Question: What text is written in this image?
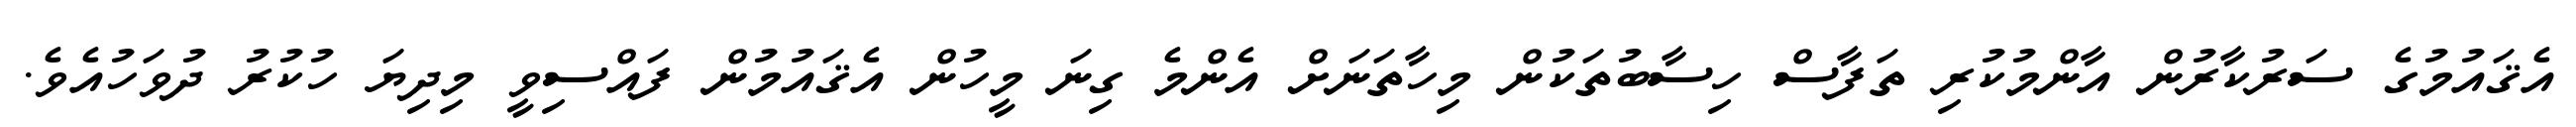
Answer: އެޤައުމުގެ ސަރުކާރުން އާންމުކުރި ތަފާސް ހިސާބުތަކުން މިހާތަނަށް އެންމެ ގިނަ މީހުން އެޤައުމުން ފައްސިވީ މިދިޔަ ހުކުރު ދުވަހުއެވެ.